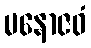
မနောဇဝံ